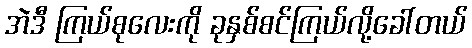
အဲဒီ ကြယ်စုလေးကို ခုနှစ်စင်ကြယ်လို့ခေါ်တယ်